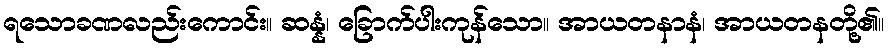
ရသောခဏလည်းကောင်း။ ဆန္နံ၊ ခြောက်ပါးကုန်သော။ အာယတနာနံ၊ အာယတနတို့၏။